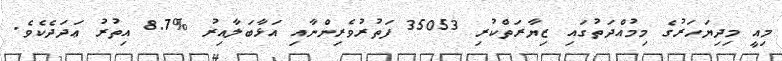
މިއީ މިދިޔަހަރުގެ މިމުއްދަތުގައި ޒިޔާރަތްކުރި 35053 ފަތުރުވެރިންނާއި އަޅާބަލާއިރު %8.7 އިތުރު ޢަދަދެކެވެ.